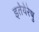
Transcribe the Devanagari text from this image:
इतेयेरेषु